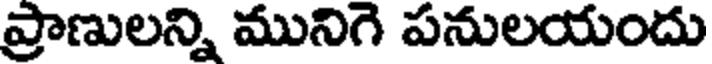
ప్రాణులన్ని మునిగె పనులయందు